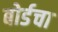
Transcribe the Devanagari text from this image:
बोर्डचा